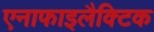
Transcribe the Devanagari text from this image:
एनाफाइलैक्टिक